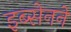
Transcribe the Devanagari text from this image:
इब्सेनने